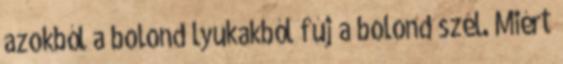
azokból a bolond lyukakból fúj a bolond szél. Miért